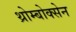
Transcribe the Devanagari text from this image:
थ्रोम्बोक्सेन